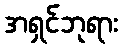
အရှင်ဘုရား